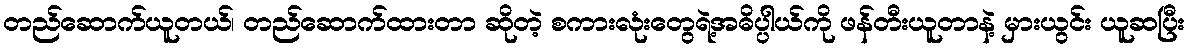
တည်ဆောက်ယူတယ်၊ တည်ဆောက်ထားတာ ဆိုတဲ့ စကားလုံးတွေရဲ့အဓိပ္ပါယ်ကို ဖန်တီးယူတာနဲ့ မှားယွင်း ယူဆပြီး